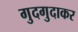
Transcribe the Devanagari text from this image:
गुदगुदाकर